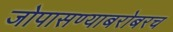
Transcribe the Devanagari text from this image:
जोपासण्याबरोबरच